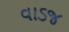
વાડજ